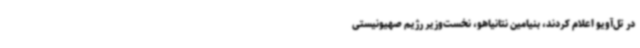
در تل‌آویو اعلام کردند، بنیامین نتانیاهو، نخست‌وزیر رژیم صهیونیستی